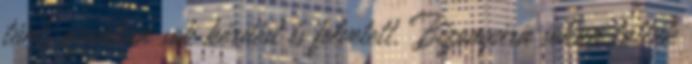
tûnt, azonban sok kérdést is felvetett. Bizonyára sokan látták